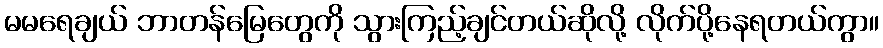
မမရေချယ် ဘာတန်မြေတွေကို သွားကြည့်ချင်တယ်ဆိုလို့ လိုက်ပို့နေရတယ်ကွာ။